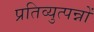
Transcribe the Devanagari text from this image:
प्रतिव्युत्पन्नों